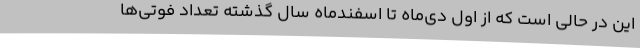
این در حالی است که از اول دی‌ماه تا اسفندماه سال گذشته تعداد فوتی‌ها